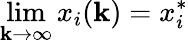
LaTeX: \operatorname*{lim}_{\mathbf{k}\to\infty}x_{i}(\mathbf{k})=x_{i}^{*}